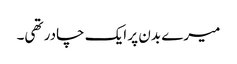
میرے بدن پر ایک چادر تھی۔